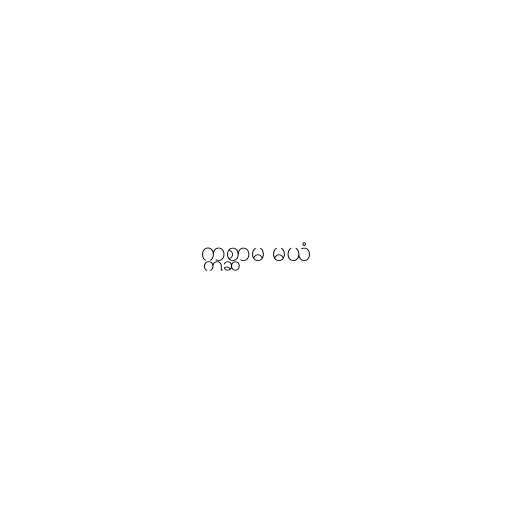
ဣစ္ဆာမ မယံ